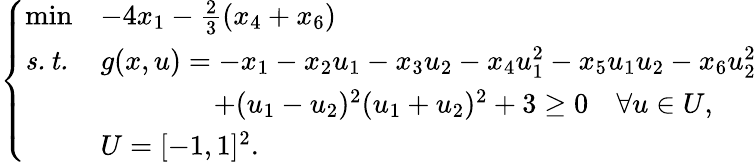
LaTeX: \left\{ \begin{array}{lll}{\operatorname*{min}}&{-4x_{1}-\frac{2}{3}(x_{4}+x_{6})}\\ {\mathit{s.t.}}&{g(x,u)=-x_{1}-x_{2}u_{1}-x_{3}u_{2}-x_{4}u_{1}^{2}-x_{5}u_{1}u_{2}-x_{6}u_{2}^{2}}\\ &{\quad\quad\quad\quad+(u_{1}-u_{2})^{2}(u_{1}+u_{2})^{2}+3\geq 0\quad\forall u\in U,}\\ &{U=[-1,1]^{2}.}\end{array}\right.